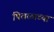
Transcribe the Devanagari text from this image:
पिवळाच्या